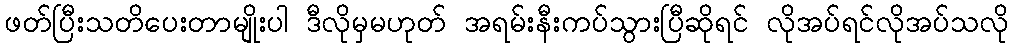
ဖတ်ပြီးသတိပေးတာမျိုးပါ ဒီလိုမှမဟုတ် အရမ်းနီးကပ်သွားပြီဆိုရင် လိုအပ်ရင်လိုအပ်သလို